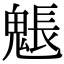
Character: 𩳤